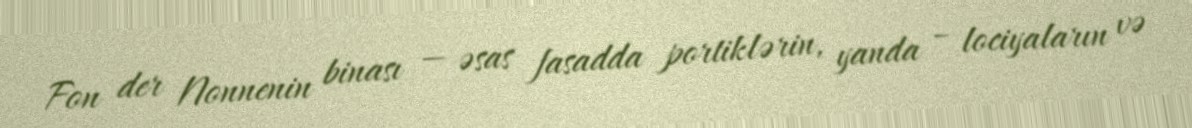
Fon der Nonnenin binası — əsas fasadda portiklərin, yanda – lociyaların və